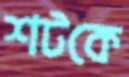
শটকে